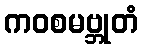
ကဝစမဗ္ဘုတံ